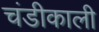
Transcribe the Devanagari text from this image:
चंडीकाली